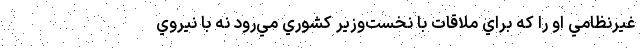
غيرنظامي او را كه براي ملاقات با نخست‌وزير كشوري مي‌رود نه با نيروي